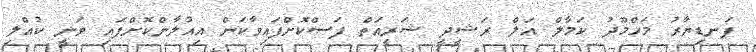
ފަނޑިޔާރު މަހްމޫދު ކަމާލް އަލް ރަޝީދީ ޝަރީއަތް ފަސްކޮށްފައިވާކަން އިއުލާންކޮށްފައި ވަނީ ކުއްލި